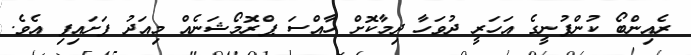
ރެއިންބޯ ކުންފުނީގެ އަހަރީ ދުވަހާ ދިމާކޮށް ހާއްސަ ޕްރޮމޯޝަނެއް މިއަދު ފަށައިފި އެވެ.